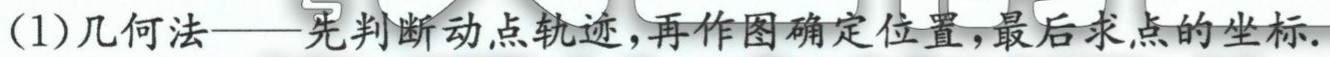
(1)几何法——先判断动点轨迹，再作图确定位置，最后求点的坐标.